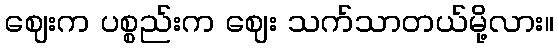
ဈေးက ပစ္စည်းက ဈေး သက်သာတယ်မို့လား။